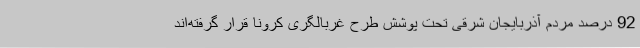
92 درصد مردم آذربایجان شرقی تحت پوشش طرح غربالگری کرونا قرار گرفته‌اند